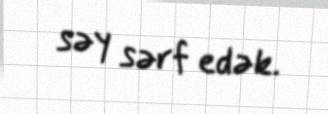
səy sərf edək.